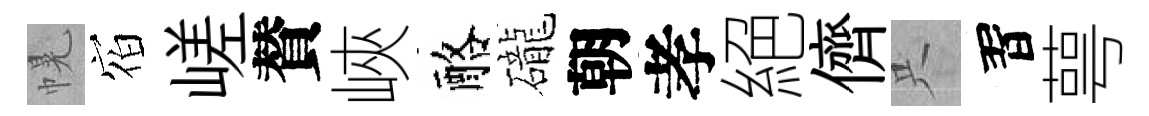
幌𪧐嵯賛峽酪礲朝孝絕儕只習萼